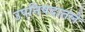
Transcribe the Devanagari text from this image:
उपनिषदातले